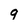
Character: 9